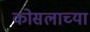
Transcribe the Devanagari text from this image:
कोसलाच्या